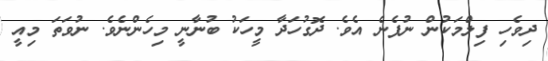
ދިވެހި ފިލްމަކުން ނުފެނެ އެވެ. ދޮގުހަދާ މީހަކު ބުނާނީ މިހެންނެވެ. ނުވަތަ މިއީ